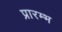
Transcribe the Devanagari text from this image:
प्रारम्भ